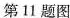
第11题图